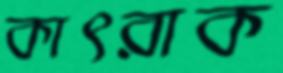
কাৎরাক